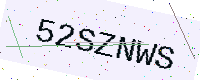
Text: 52SZNWS